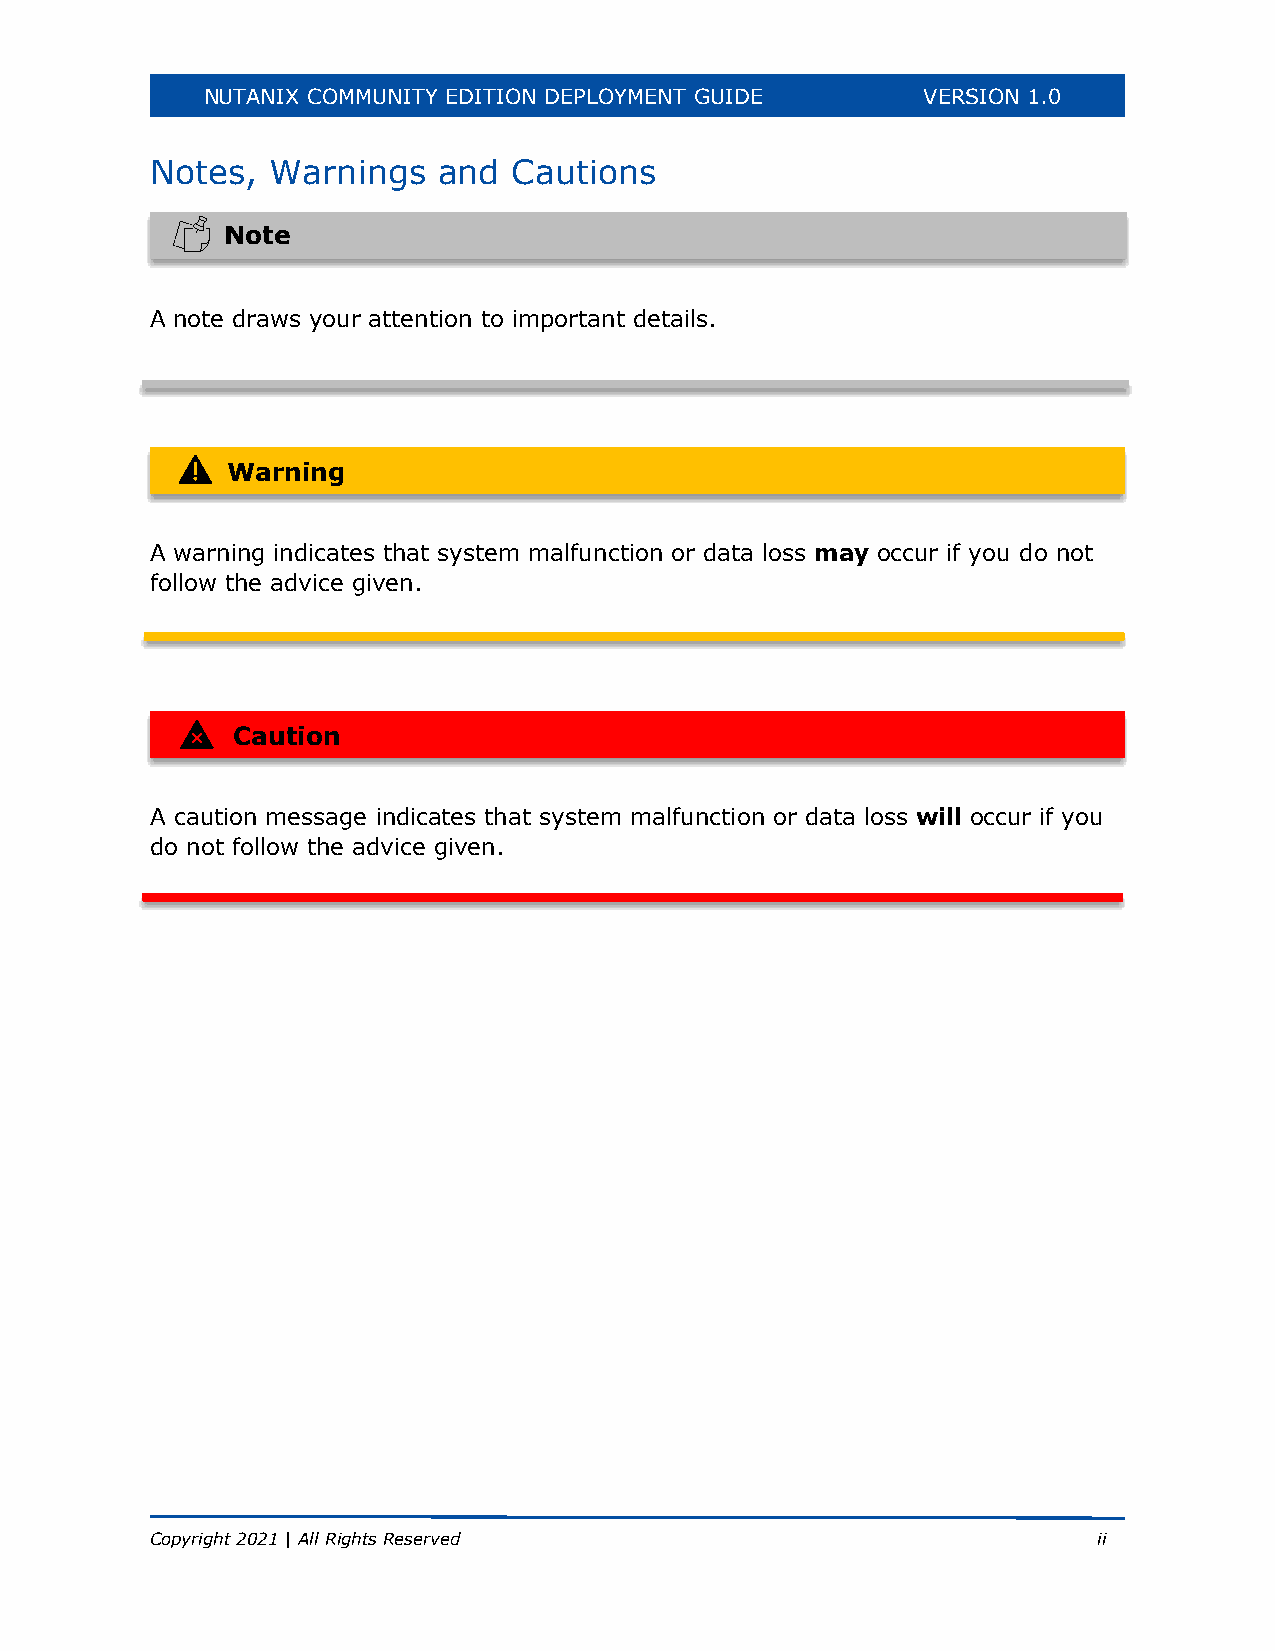
NUTANIX COMMUNITY EDITION DEPLOYMENT GUIDE      VERSION 1.0
 Notes,  Warnings   and  Cautions
 Note
 A note draws your attention to important details.
 Warning
 A warning indicates that system malfunction or data loss may occur if you do not
 follow the advice given.
 Caution
 A caution message indicates that system malfunction or data loss will occur if you
 do not follow the advice given.
 Copyright 2021 | All Rights Reserved                           ii